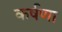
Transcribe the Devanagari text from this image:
कर्षणा